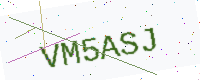
Text: VM5ASJ